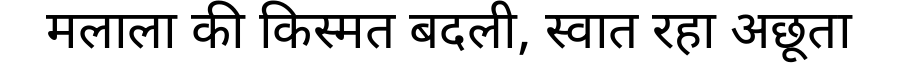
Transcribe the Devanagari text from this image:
मलाला की किस्मत बदली, स्वात रहा अछूता